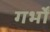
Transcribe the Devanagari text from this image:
गर्भों